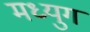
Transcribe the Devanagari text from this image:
मध्युग